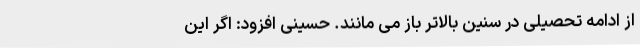
از ادامه تحصیلی در سنین بالاتر باز می مانند. حسینی افزود: اگر این